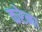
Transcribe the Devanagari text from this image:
करेना